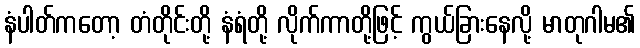
နံပါတ်ကတော့ တံတိုင်းတို့ နံရံတို့ လိုက်ကာတို့ဖြင့် ကွယ်ခြားနေလို့ မာတုဂါမ၏